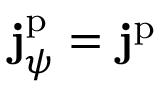
\mathbf { j } _ { \psi } ^ { \mathrm { p } } = \mathbf { j } ^ { \mathrm { p } }